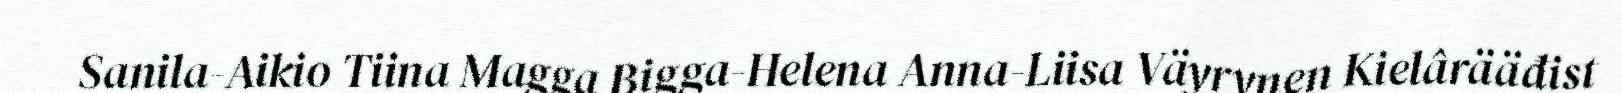
Sanila-Aikio Tiina Magga Bigga-Helena Anna-Liisa Väyrynen Kielârääđist